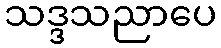
သဒ္ဒသညာပေ